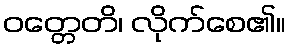
ဝတ္တေတိ၊ လိုက်စေ၏။